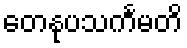
တေနုပသင်္ကမတိ